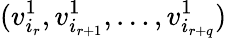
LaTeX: (v_{i_{r}}^{1},v_{i_{r+1}}^{1},\ldots,v_{i_{r+q}}^{1})